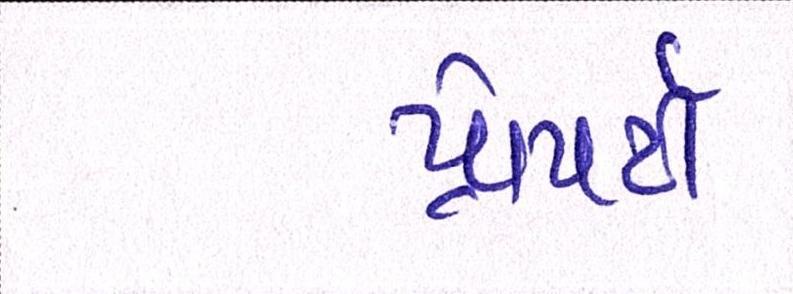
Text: પ્રોપર્ટી